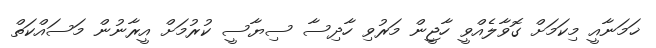
ޚަމަނާއީ މިކަމަށް ގޮވާލެއްވީ ހާޖީން މަރުވި ހާދިސާ ސިޔާސީ ކުރުމަށް އީރާނުން މަސައްކަތް